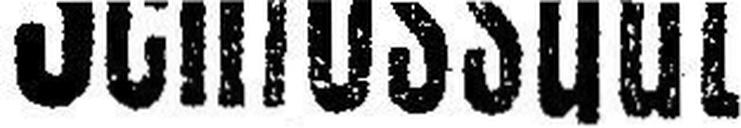
Schlossgut